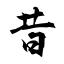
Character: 昔